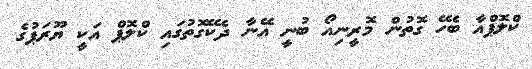
ކްލޮޕްއާ ބެހޭ ގޮތުން މޮރީނިއޯ ބުނީ އޭނާ ދެކޭގޮތުގައި ކްލޮޕް އަކީ ޔޫރަޕުގެ